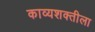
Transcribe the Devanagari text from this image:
काव्यशक्तीला